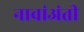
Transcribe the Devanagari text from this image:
नावांअंती